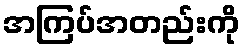
အကြပ်အတည်းကို